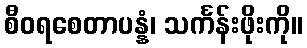
စီဝရစေတာပန္နံ၊ သင်္ကန်းဖိုးကို။